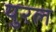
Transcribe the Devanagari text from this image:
युरल